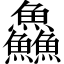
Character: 鱻